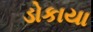
ડોકાયા